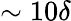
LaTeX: \sim 10\delta